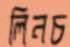
লিনচ